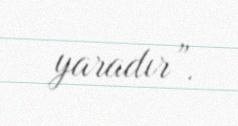
yaradır”.